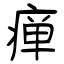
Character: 瘅